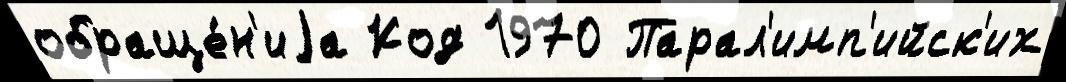
обраще́н'иjа Код 1970 Парал'имп'ийск'их